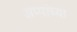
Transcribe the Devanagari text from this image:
अप्पांच्या